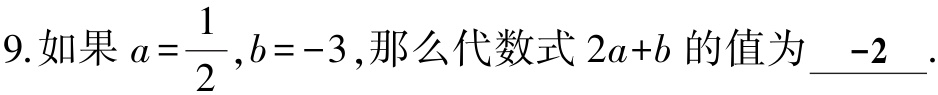
9. 如果 \(a = \dfrac{1}{2},b = - 3\),那么代数式 \(2a + b\) 的值为 \(-2\).